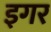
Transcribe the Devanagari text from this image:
इगर